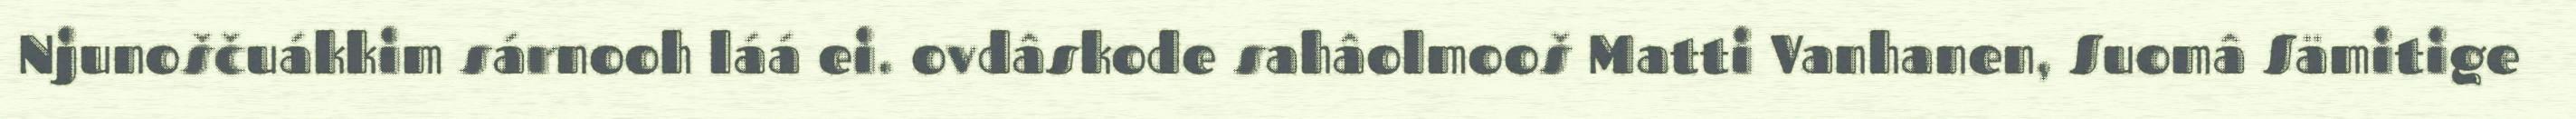
Njunoščuákkim sárnooh láá ei. ovdâskode sahâolmooš Matti Vanhanen, Suomâ Sämitige